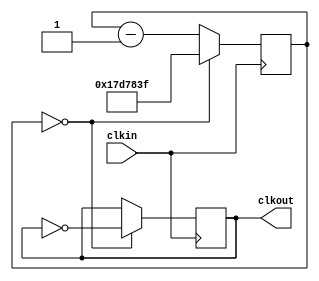
module prescaler( input clkin, output reg clkout );
  reg[25:0] counter;

  always @(posedge clkin) 
    begin
      if (counter == 0)
        begin
          counter <= 24999999;
          clkout <= ~clkout;
        end
      else
        counter <= counter - 1;
    end
endmodule